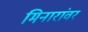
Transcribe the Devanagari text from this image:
मिनारांवर